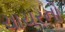
ચાચરનો